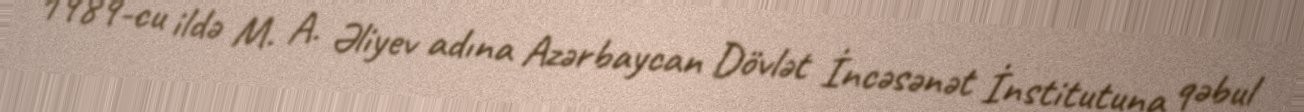
1989-cu ildə M. A. Əliyev adına Azərbaycan Dövlət İncəsənət İnstitutuna qəbul